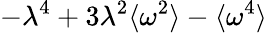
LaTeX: -\lambda^{4}+3\lambda^{2}\langle\omega^{2}\rangle-\langle\omega^{4}\rangle